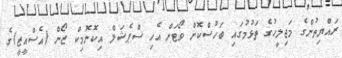
ރައްޔިތުންގެ މަޖިލީހުގެ ތަޅުމުގައި ބަހުސްކޮށް ވޯޓަށް އެހި ސްޕެޝަލް އިކޮނޮމިކް ޒޯން (އެސްއީޒީ)ގެ